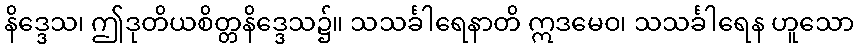
နိဒ္ဒေသ၊ ဤဒုတိယစိတ္တနိဒ္ဒေသ၌။ သသင်္ခါရေနာတိ ဣဒမေဝ၊ သသင်္ခါရေန ဟူသော